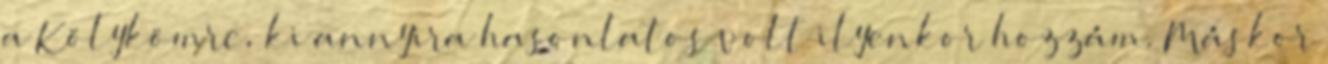
a Kölykömre, ki annyira hasonlatos volt ilyenkor hozzám. Máskor